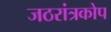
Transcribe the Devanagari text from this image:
जठरांत्रकोप